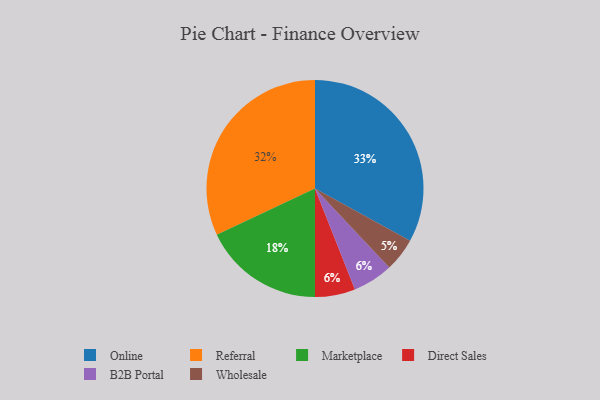
{"axis": {"x": "Category", "y": "Percentage"}, "legend": ["B2B Portal", "Direct Sales", "Marketplace", "Online", "Referral", "Wholesale"], "data": [{"x": "Marketplace", "y": 18, "type": "Marketplace"}, {"x": "Wholesale", "y": 5, "type": "Wholesale"}, {"x": "Referral", "y": 32, "type": "Referral"}, {"x": "Direct Sales", "y": 6, "type": "Direct Sales"}, {"x": "Online", "y": 33, "type": "Online"}, {"x": "B2B Portal", "y": 6, "type": "B2B Portal"}]}